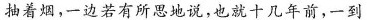
抽着烟，一边若有所思地说，也就十几年前，一到